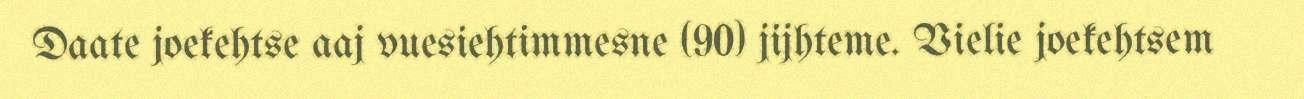
Daate joekehtse aaj vuesiehtimmesne (90) jijhteme. Vielie joekehtsem